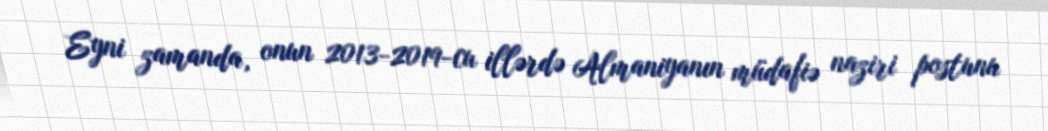
Eyni zamanda, onun 2013-2019-cu illərdə Almaniyanın müdafiə naziri postunu